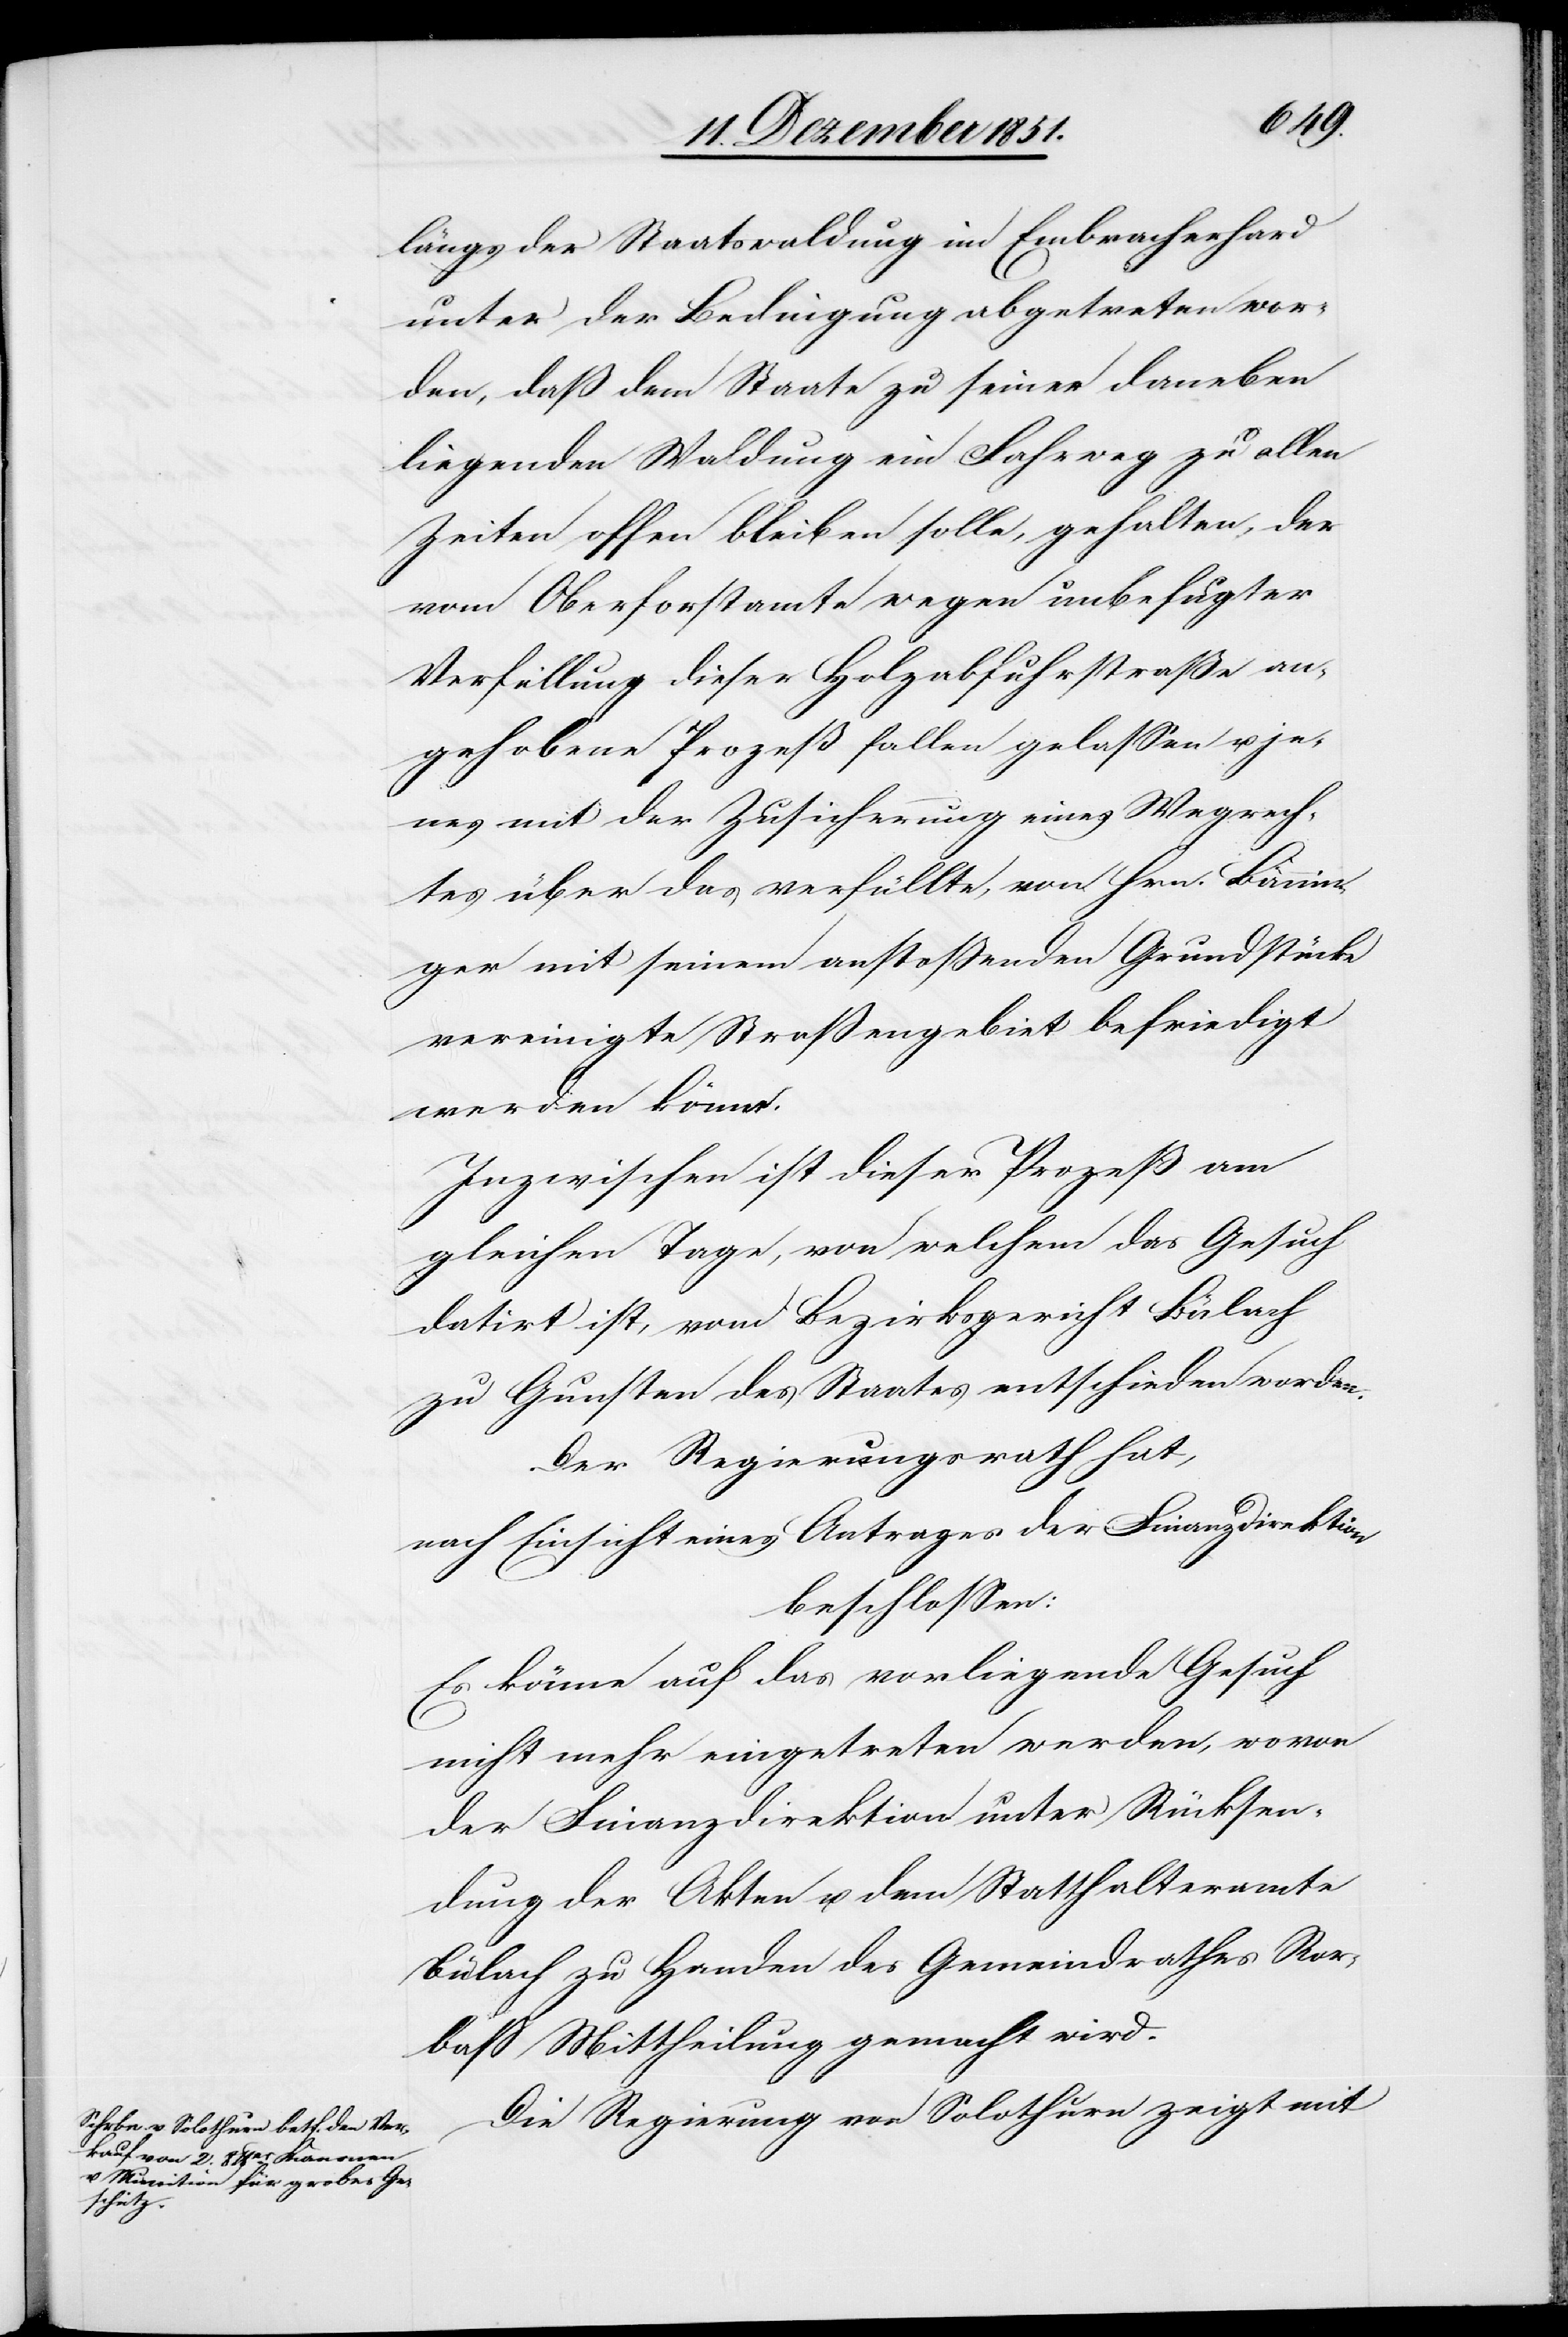
längs der Staatswaldung im Embracherhard
unter der Bedingung abgetreten wor¬
den, daß dem Staate zu seiner daneben
liegenden Waldung ein Fahrweg zu allen
Zeiten offen bleiben solle, gehalten, der
vom Oberforstamte wegen unbefugter
Verfüllung dieser Holzabfuhrstraße an¬
gehobene Prozeß fallen gelassen u. je¬
nes mit der Zusicherung eines Wegrech¬
tes über das verfüllte, von Hrn. Bänni¬
nger mit seinem anstoßenden Grundstücke
vereinigte Straßengebiet befriedigt
werden könne.
Inzwischen ist dieser Prozeß am
gleichen Tage, von welchem das Gesuch
datirt ist, vom Bezirksgericht Bülach
zu Gunsten des Staates entschieden worden.
Der Regierungsrath hat,
nach Einsicht eines Antrages der Finanzdirektion
beschlossen:
Es könne auf das vorliegende Gesuch
nicht mehr eingetreten werden, wovon
der Finanzdirektion unter Rücksen¬
dung der Akten u. dem Statthalteramte
Bülach zu Handen des Gemeindrathes Ror¬
baß Mittheilung gemacht wird.
Die Regierung von Solothurn zeigt mit